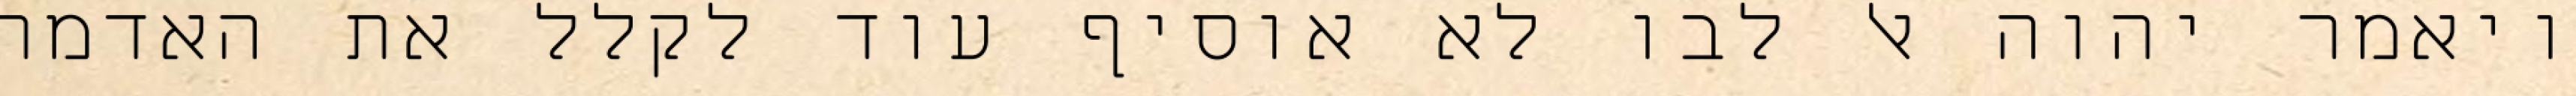
ויאמר יהוה אל לבו לא אוסיף עוד לקלל את האדמה